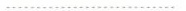
……